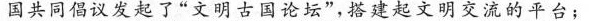
国共同倡议发起了”文明古国论坛”，搭建起文明交流的平台；